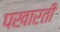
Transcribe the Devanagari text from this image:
पखारती